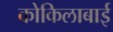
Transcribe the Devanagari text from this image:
कोकिलाबाई